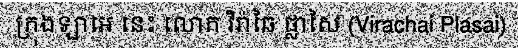
ក្រុងឡាអេ នេះ លោក វិរ៉ាឆៃ ផ្លាសៃ (Virachai Plasai)